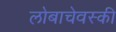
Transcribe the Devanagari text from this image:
लोबाचेवस्की